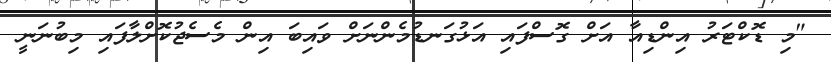
"މި ޑޮކްޓަރު އިންޑިއާ އަށް ގޮސްފައި އަޅުގަނޑުމެންނަށް ވައިބަ އިން މެސެޖުކޮށްލާފައި މިބުނަނީ